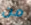
من